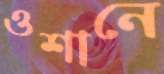
ওশানে